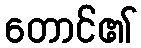
တောင်၏